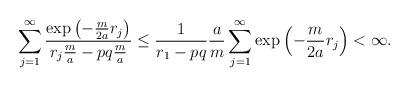
LaTeX: \begin{align*}\sum_{j=1}^{\infty} \frac{\exp\left(-\frac{m}{2a} r_{j} \right)}{r_{j} \frac{m}{a}-pq \frac{m}{a}} \le \frac 1 {r_1 -pq} \frac a m \sum_{j=1}^{\infty} \exp\left(-\frac{m}{2a} r_{j} \right)< \infty .\end{align*}